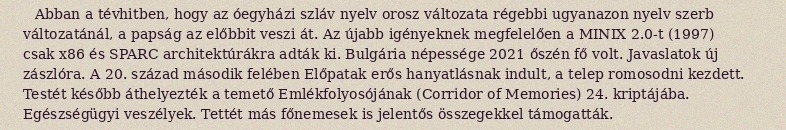
Abban a tévhitben, hogy az óegyházi szláv nyelv orosz változata régebbi ugyanazon nyelv szerb változatánál, a papság az előbbit veszi át. Az újabb igényeknek megfelelően a MINIX 2.0-t (1997) csak x86 és SPARC architektúrákra adták ki. Bulgária népessége 2021 őszén fő volt. Javaslatok új zászlóra. A 20. század második felében Előpatak erős hanyatlásnak indult, a telep romosodni kezdett. Testét később áthelyezték a temető Emlékfolyosójának (Corridor of Memories) 24. kriptájába. Egészségügyi veszélyek. Tettét más főnemesek is jelentős összegekkel támogatták.